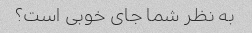
به نظر شما جای خوبی است؟